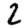
Digit: 2